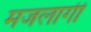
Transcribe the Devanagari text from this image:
मजलागीं